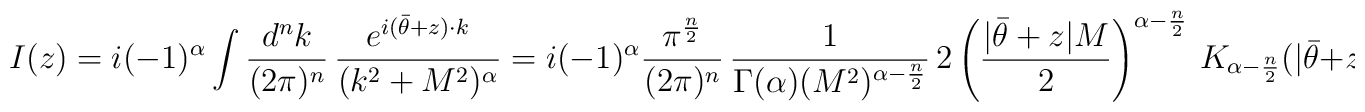
I(z) = i(-1)^{\alpha} \int {d^{n}k\over(2\pi)^{n}}\,{e^{i(\bar{\theta}+z)\cdot k}\over(k^{2}+M^{2})^{\alpha}} = i(-1)^{\alpha} {\pi^{n\over 2}\over(2\pi)^{n}}\,{1\over\Gamma(\alpha) (M^{2})^{\alpha -{n\over2}}}\,2\left({|\bar{\theta} + z|M\over 2}\right)^{\alpha -{n\over2}}\,K_{\alpha -{n\over 2}} (|\bar{\theta}+z|M)